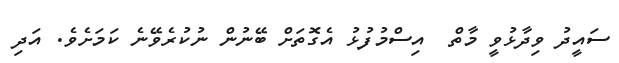
ސައީދު ވިދާޅުވީ މާތް  އިސްމުފުޅު އެގޮތަށް ބޭނުން ނުކުރެވޭނެ ކަމަށެވެ. އަދި